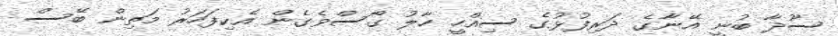
ސޫދާ ބުނީ އޭނާގެ ދަރިފުޅުގެ ސިއްހީ ހާލު ގޯސްވެގެން އެކިފަހަރު މަތިން ބޭސް